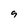
Character: 9